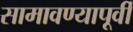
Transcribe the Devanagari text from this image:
सामावण्यापूर्वी